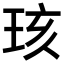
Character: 𪻞